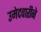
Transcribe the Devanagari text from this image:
उमेदवारीने